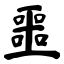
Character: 噩